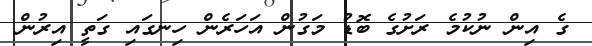
ގެ އިން ނުކުމެ ރަށުގެ ބޮޑު މަގުން އަހަރެން ހިނގައި ގަތީ އިރުން